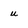
Character: u